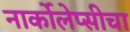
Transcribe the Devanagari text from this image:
नार्कोलेप्सीचा